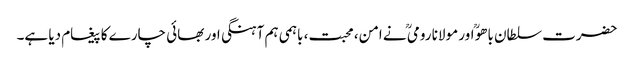
حضرت سلطان باھوؒ اور مولانا رومیؒ نے امن، محبت، باہمی ہم آہنگی اور بھائی چارے کا پیغام دیا ہے۔